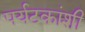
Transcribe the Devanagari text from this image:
पर्यटकांशी